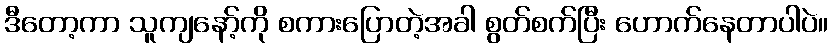
ဒီတော့ကာ သူကျနော့်ကို စကားပြောတဲ့အခါ စွတ်စက်ပြီး ဟောက်နေတာပါပဲ။